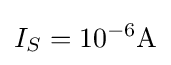
I_{S}=10^{-6}{\text{A}}